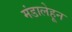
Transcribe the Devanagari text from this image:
मंडालेहून